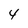
Character: 4